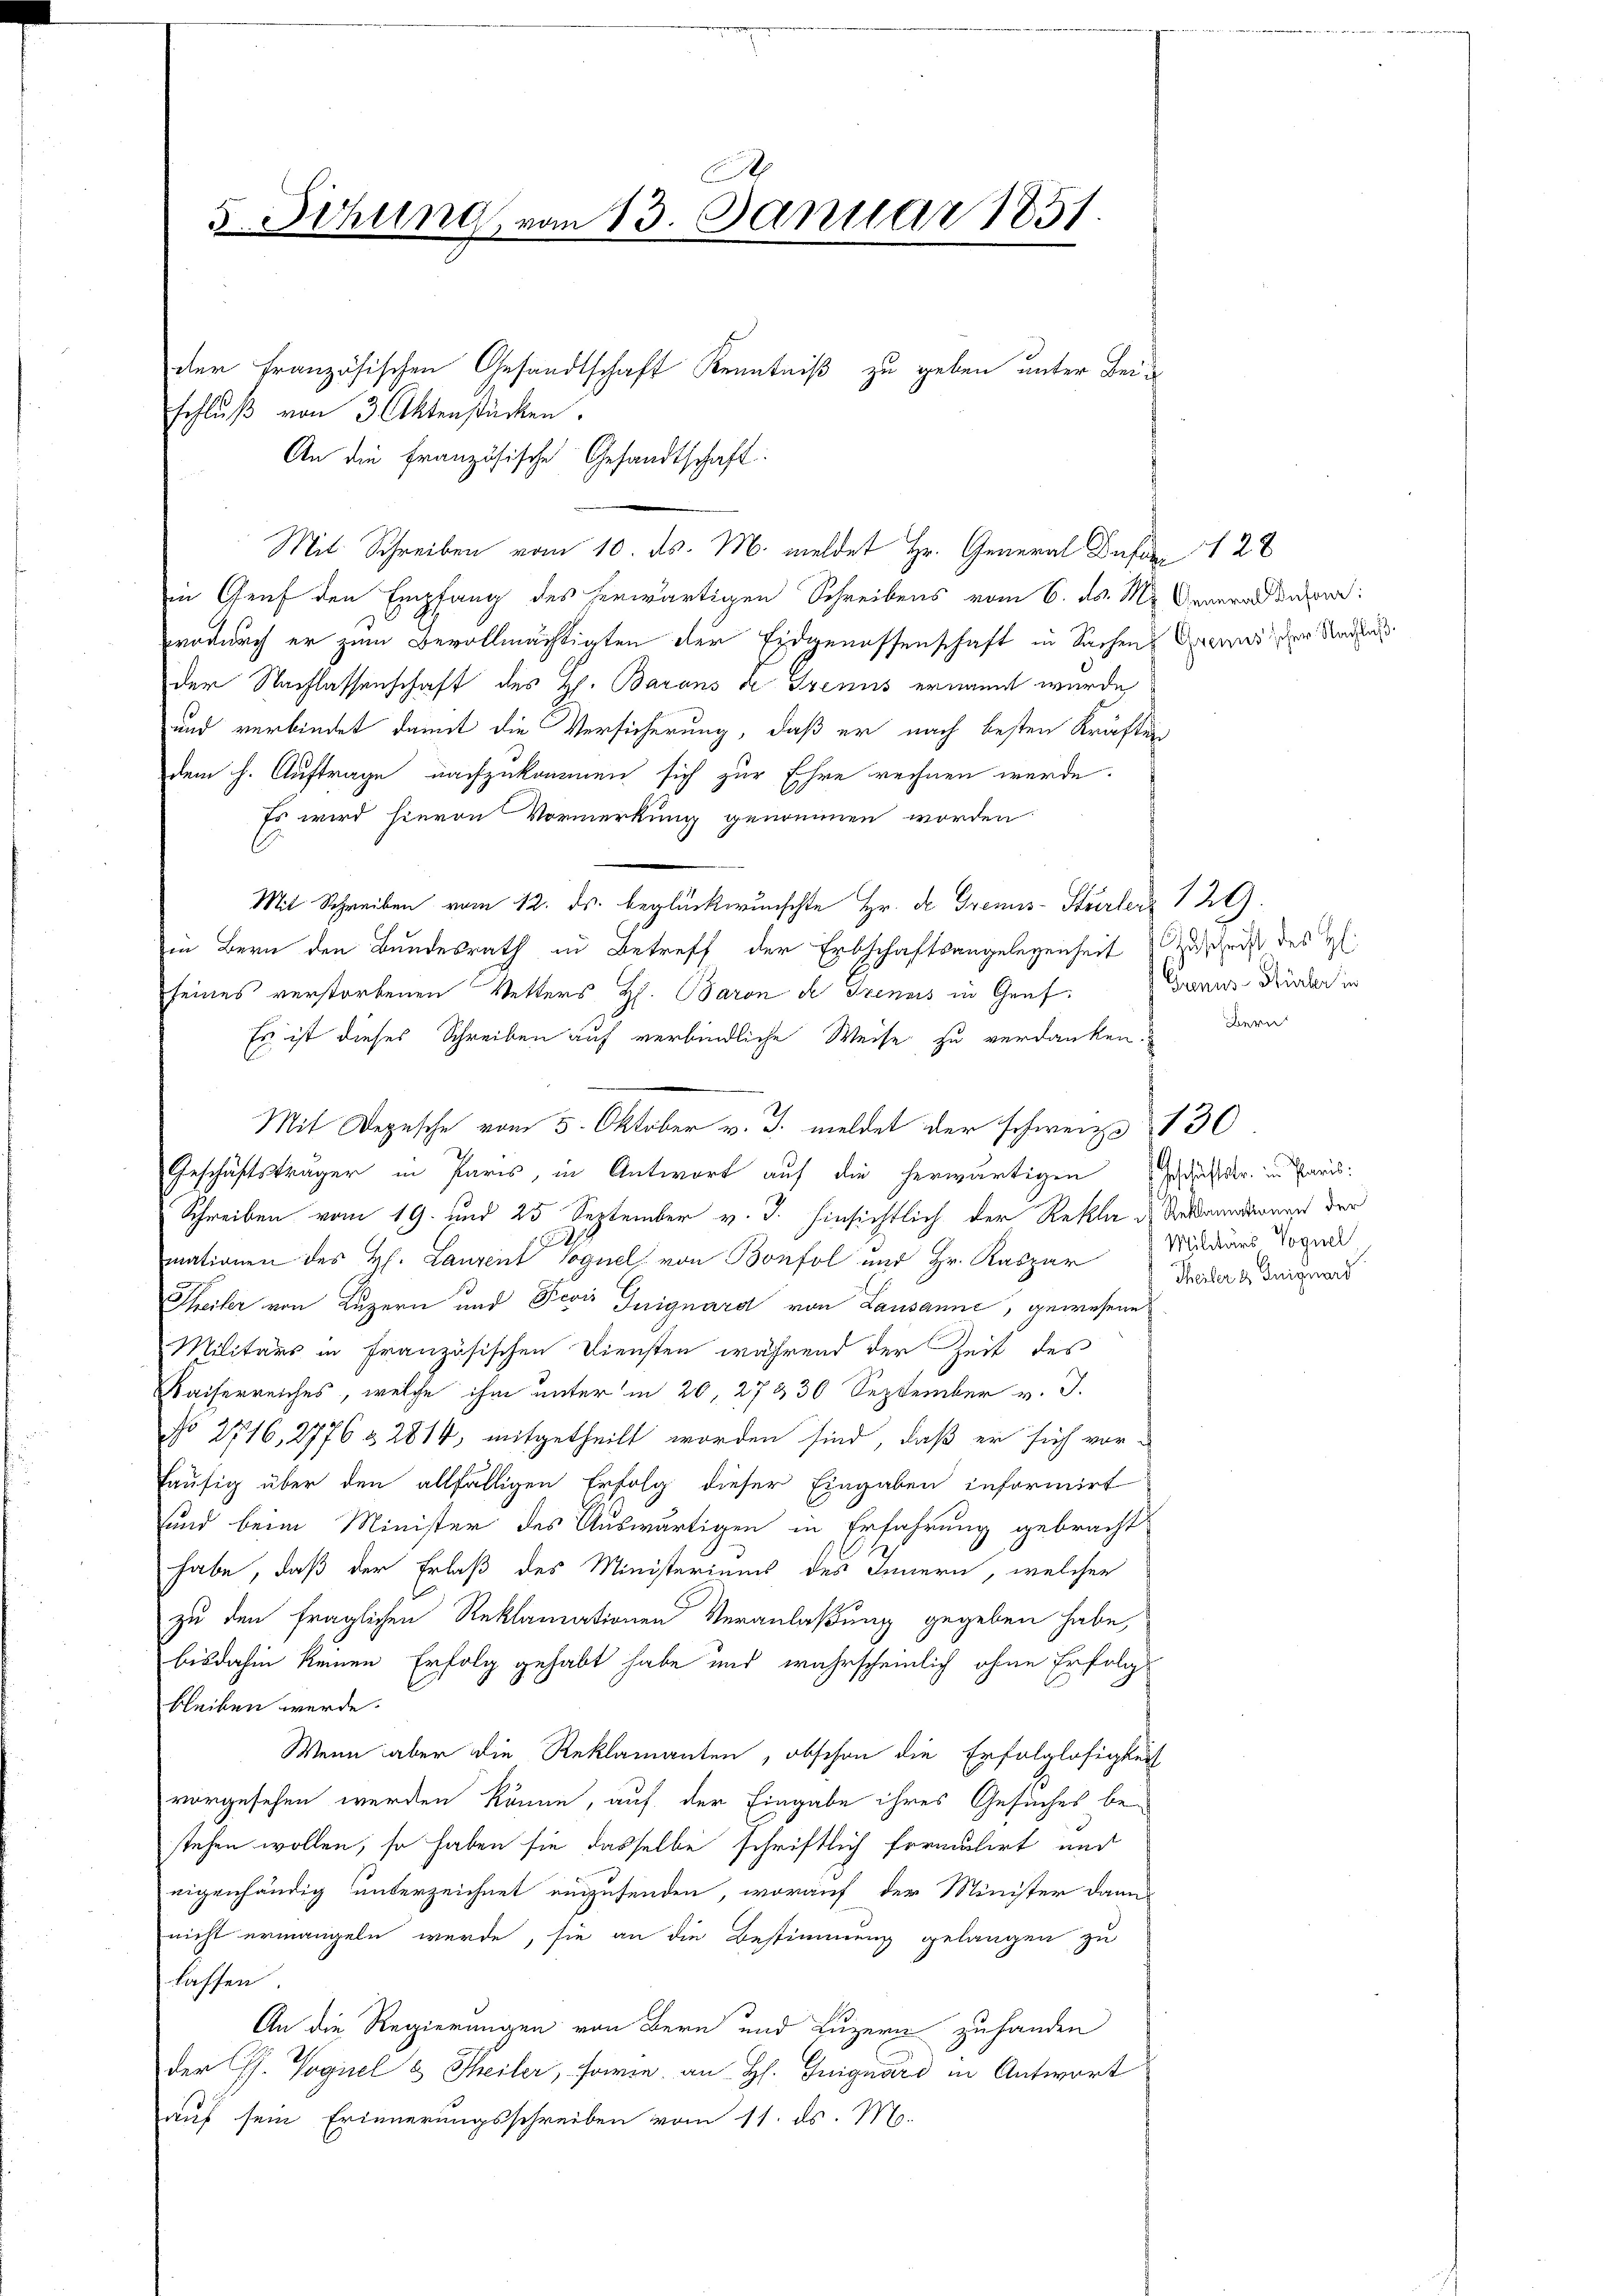
.
5. Sitzung, vom 13. Januar 1851.

schlŭβ von 3 Aktenstücken.
An die französische Gesandtschaft:
in Genf den Empfang des herwärtigen Schreibens vom 6. ds. M. Generald das
wodurch er zum Bevollmächtigten der Eidgenossenschaft in Sachen Grund der Nade
der Nachlassenschaft des H. Barons de Genus ernannt wurde,
und verbindet damit die Versicherung, daß er nach besten Kräften
dem h. Auftrage nachzukommen sich zur Ehre rechnen werde.
Es wird hievon Vormerkung genommen worden
Mit Schreiben vom 12. ds. beglückwünschte Hr. Der Gremis-Sturler 129.
in Bern den Bundesrath in Betreff der Erbschaftsangelegenheit zuschrift des H.
seines verstorbenen Vetters H. Baron de Trenns in Genf
Es ist dieses Schreiben auf verbindliche Weise zu verdanken. Bern
Mit Depesche vom 5. Oktober v. J. meldet der schweize 130
Geschäftsträger in Paris, in Antwort auf die herwärtigen Geschäftstr. in Paris
Schreiben vom 19. und 25 September v. J. hinsichtlich der Rekla des Ankundionen der
mationen des H. Lanzen Voguel, von Bonfol und Hr. Kaspar
Theiler von Luzern und Revis Guiguard von Lausanne, gewesene
Militärs in Französischen Diensten während der Zeit des
Kaiserreiches, welche ihm unter in 20, 27 & 30 September v. J.
No 2716, 2776 & 2814, mitgetheilt worden sind, daß er sich vorhäufig über den allfälligen Erfolg dieser Eingaben informirt
und beim Minister des Auswärtigen in Erfahrung gebracht
habe, daß der Erlaß des Ministeriums des Innern, welcher
zu den fraglichen Reklamationen Veranlaßung gegeben habe,
bisdahin keinen Erfolg gehabt habe und wahrscheinlich ohne Erfolg
bleiben werde.
Wenn aber die Reklamanten, obschon die Erfolglosigkeit
vorgesehen werden könne, auf der Eingabe ihres Gesuches be-
stehen wollen, so haben sie dasselbe schriftlich formulirt und
eigenhändig unterzeichnet einzusenden, worauf der Minister dann
nicht ermangeln werde, sie an die Bestimmung gelangen zu
lassen.
An die Regierungen von Bern und Luzern zuhanden
der Ch. Vogel & Theiler, sowie an H. Guiguard in Antwort
auf sein Erinnerungsschreiben vom 11. ds. Mo.

Mit Schreiben vom 10. ds. M. meldet Hr. General Deser 128

der französischen Gesandtschaft Kenntniß zu geben unter Bei¬

Grnus Stürler in

Militärs Voguel
Theiler d. Guiguard